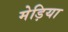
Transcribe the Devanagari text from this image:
मेड़िया